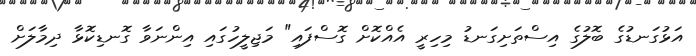
އަޅުގަނޑުގެ ބޮލުގެ އިސްތަށިގަނޑު މިހިރީ އެއްކޮށް ގޮސްފައި" މަޖިލީހުގައި އިންނަވާ ގޮނޑިކޮޅާ ދިމާލަށް